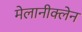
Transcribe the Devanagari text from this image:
मेलानीक्लेन